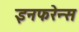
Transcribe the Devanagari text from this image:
इनफरेन्स